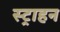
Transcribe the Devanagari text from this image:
स्ट्राहन